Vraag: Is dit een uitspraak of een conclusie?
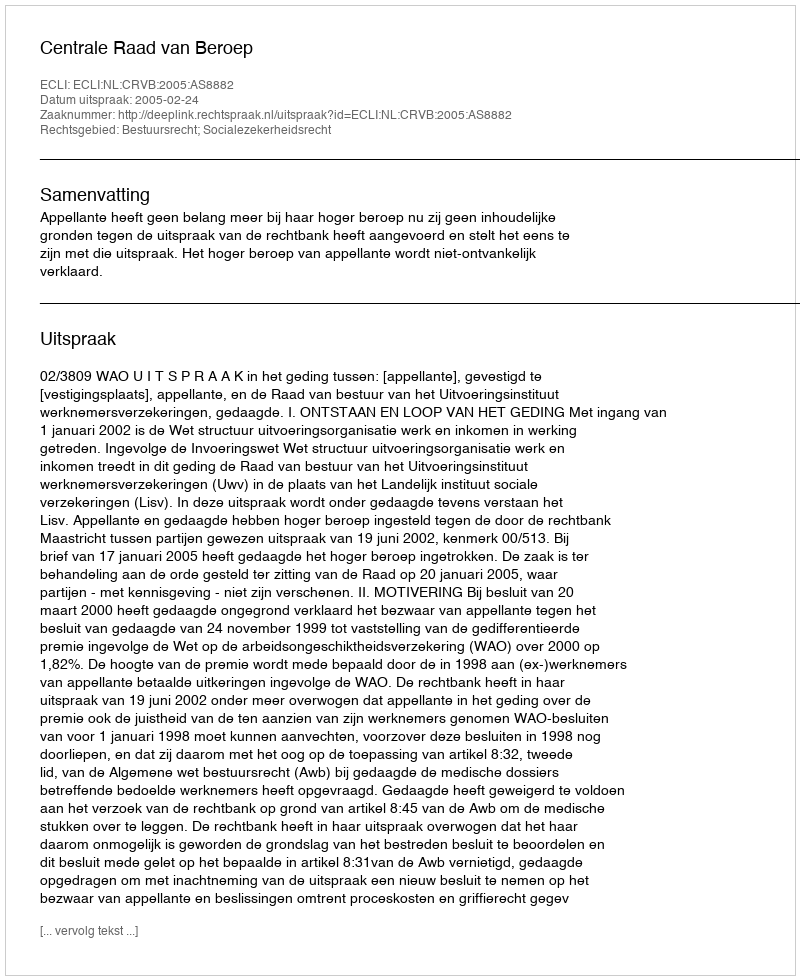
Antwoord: Uitspraak